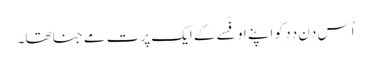
اُس دِن دِدِ کو اَپنے اوفِّسے کے ایک پرتِ مے جنا تھا۔